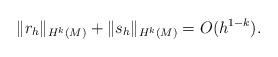
LaTeX: \begin{align*}\|r_h\|_{H^k(M)}+\|s_h\|_{H^k(M)}=O(h^{1-k}).\end{align*}